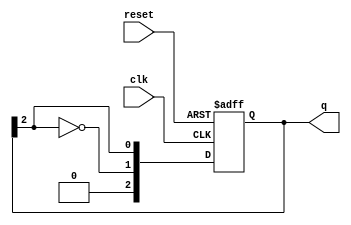
module johnson_counter (
    input wire clk,        // Clock input
    input wire reset,      // Asynchronous reset
    output reg [N-1:0] q   // Output state of the counter
);
    parameter N = 3;       // Number of flip-flops (can be changed as needed)

    always @(posedge clk or posedge reset) begin
        if (reset) begin
            q <= 0;       // Initialize all flip-flops to 0 on reset
        end else begin
            // Shift the current state and feed back the inverted last output
            q <= {~q[N-1], q[N-1:N-1]}; // Shift and feedback
        end
    end
endmodule